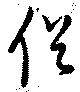
促